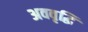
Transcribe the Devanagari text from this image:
अववृद्धि